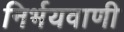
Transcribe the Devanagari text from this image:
निर्भयवाणी